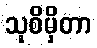
သုစိမှိတာ